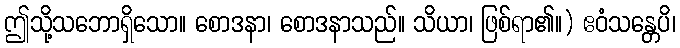
ဤသို့သဘောရှိသော။ စောဒနာ၊ စောဒနာသည်။ သိယာ၊ ဖြစ်ရာ၏။) ဧဝံသန္တေပိ၊